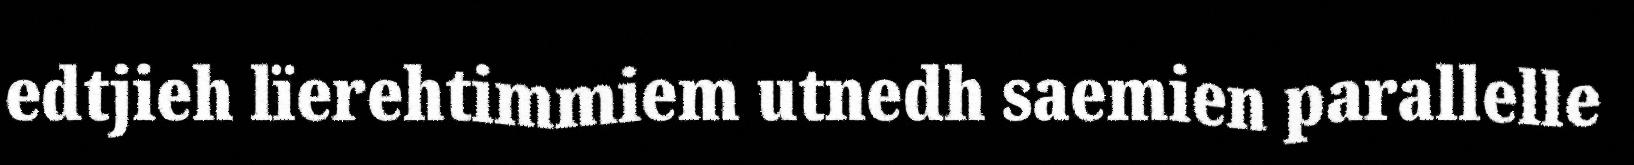
edtjieh lïerehtimmiem utnedh saemien parallelle